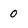
Character: 0